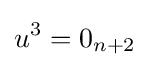
u^{3}=0_{n+2}